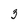
Character: 3